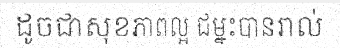
ដូចជាសុខភាពល្អ ជម្នះបានរាល់